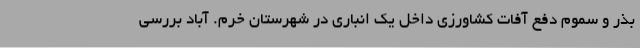
بذر و سموم دفع آفات کشاورزی داخل یک انباری در شهرستان خرم. آباد بررسی